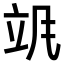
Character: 𬱻